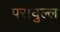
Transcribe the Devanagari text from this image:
परायुल्ल